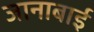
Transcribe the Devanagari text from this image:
जानाबाई